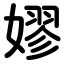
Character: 嫪